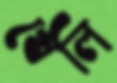
খেলি